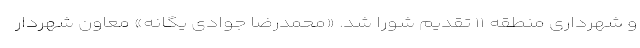
و شهرداری منطقه ۱۱ تقدیم شورا شد. «محمدرضا جوادی یگانه» معاون شهردار